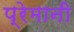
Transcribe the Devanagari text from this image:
प्रेमानी